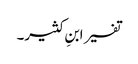
تفسیر ابنِ کثیر۔